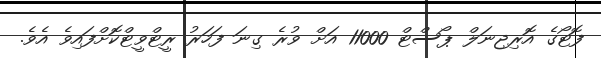
ފޮޓޯގެ އޮރިޖިނަލް ޕޯސްޓް 11000 އަށް ވުރެ ގިނަ ފަހަރު ރީޓްވީޓްކޮށްފައިވެ އެވެ.